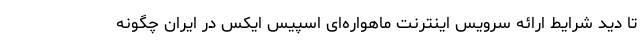
تا دید شرایط ارائه سرویس اینترنت ماهواره‌ای اسپیس ایکس در ایران چگونه